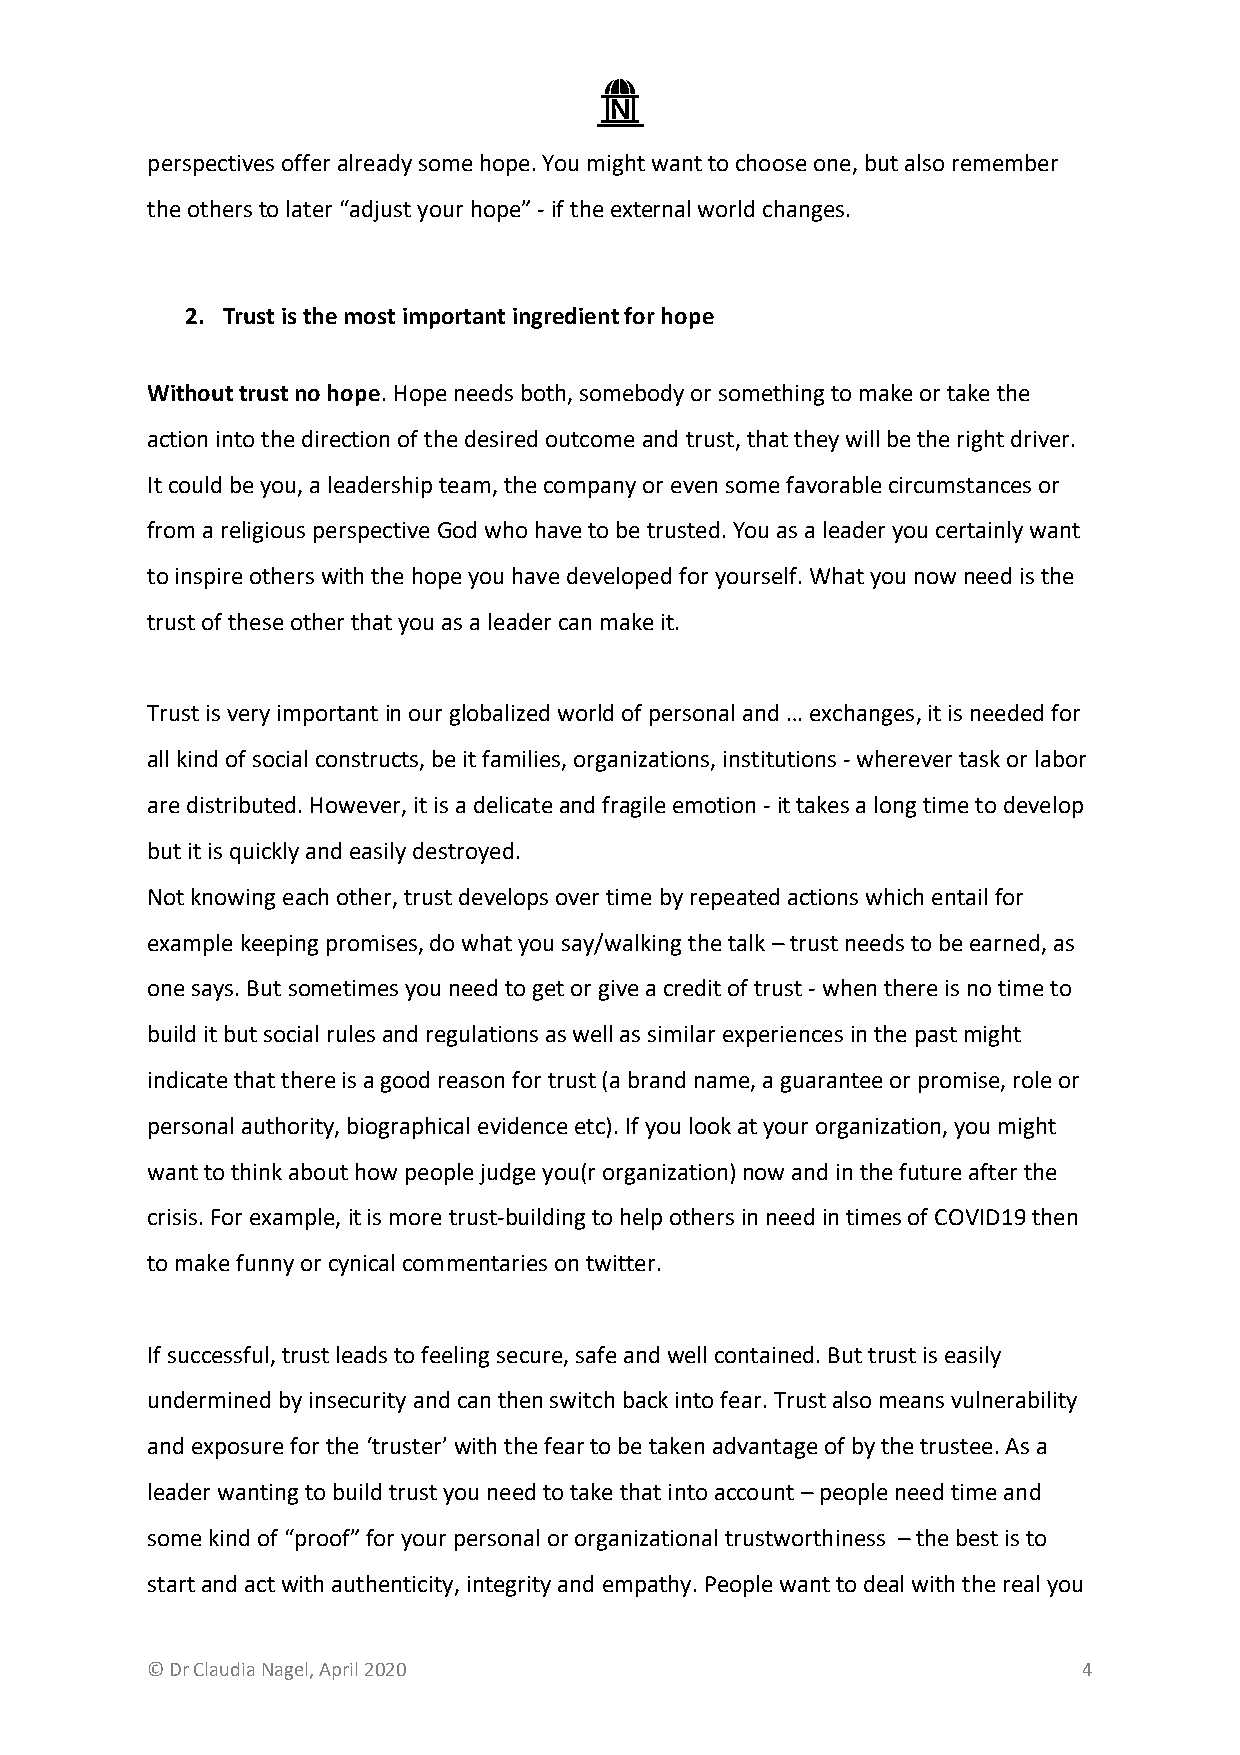
perspectives offer already some hope. You might want to choose one, but also remember
 the others to later “adjust your hope” - if the external world changes.
 2. Trust is the most important ingredient for hope
 Without trust no hope. Hope needs both, somebody or something to make or take the
 action into the direction of the desired outcome and trust, that they will be the right driver.
 It could be you, a leadership team, the company or even some favorable circumstances or
 from a religious perspective God who have to be trusted. You as a leader you certainly want
 to inspire others with the hope you have developed for yourself. What you now need is the
 trust of these other that you as a leader can make it.
 Trust is very important in our globalized world of personal and … exchanges, it is needed for
 all kind of social constructs, be it families, organizations, institutions - wherever task or labor
 are distributed. However, it is a delicate and fragile emotion - it takes a long time to develop
 but it is quickly and easily destroyed.
 Not knowing each other, trust develops over time by repeated actions which entail for
 example keeping promises, do what you say/walking the talk – trust needs to be earned, as
 one says. But sometimes you need to get or give a credit of trust - when there is no time to
 build it but social rules and regulations as well as similar experiences in the past might
 indicate that there is a good reason for trust (a brand name, a guarantee or promise, role or
 personal authority, biographical evidence etc). If you look at your organization, you might
 want to think about how people judge you(r organization) now and in the future after the
 crisis. For example, it is more trust-building to help others in need in times of COVID19 then
 to make funny or cynical commentaries on twitter.
 If successful, trust leads to feeling secure, safe and well contained. But trust is easily
 undermined by insecurity and can then switch back into fear. Trust also means vulnerability
 and exposure for the ‘truster’ with the fear to be taken advantage of by the trustee. As a
 leader wanting to build trust you need to take that into account – people need time and
 some kind of “proof” for your personal or organizational trustworthiness – the best is to
 start and act with authenticity, integrity and empathy. People want to deal with the real you
 © Dr Claudia Nagel, April 2020                                4